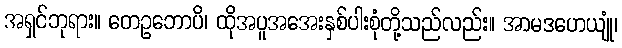
အရှင်ဘုရား။ တေဥဘောပိ၊ ထိုအပူအအေးနှစ်ပါးစုံတို့သည်လည်း။ အာမဒဟေယျုံ၊